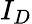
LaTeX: I_{D}